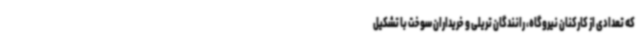
که تعدادی از کارکنان نیروگاه، رانندگان تریلی و خریداران سوخت با تشکیل